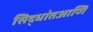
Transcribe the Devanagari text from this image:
सिद्धांतआणि